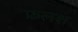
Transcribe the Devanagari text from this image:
फ्रलश